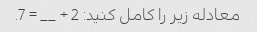
معادله زیر را کامل کنید: 2 + __ = 7.